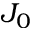
J _ { 0 }